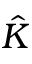
\hat { K }